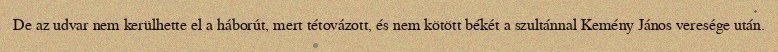
De az udvar nem kerülhette el a háborút, mert tétovázott, és nem kötött békét a szultánnal Kemény János veresége után.